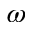
\omega